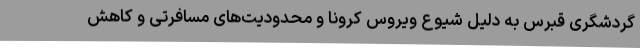
گردشگری قبرس به دلیل شیوع ویروس کرونا و محدودیت‌های مسافرتی و کاهش